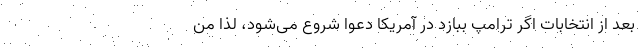
بعد از انتخابات اگر ترامپ ببازد در آمریکا دعوا شروع می‌شود، لذا من